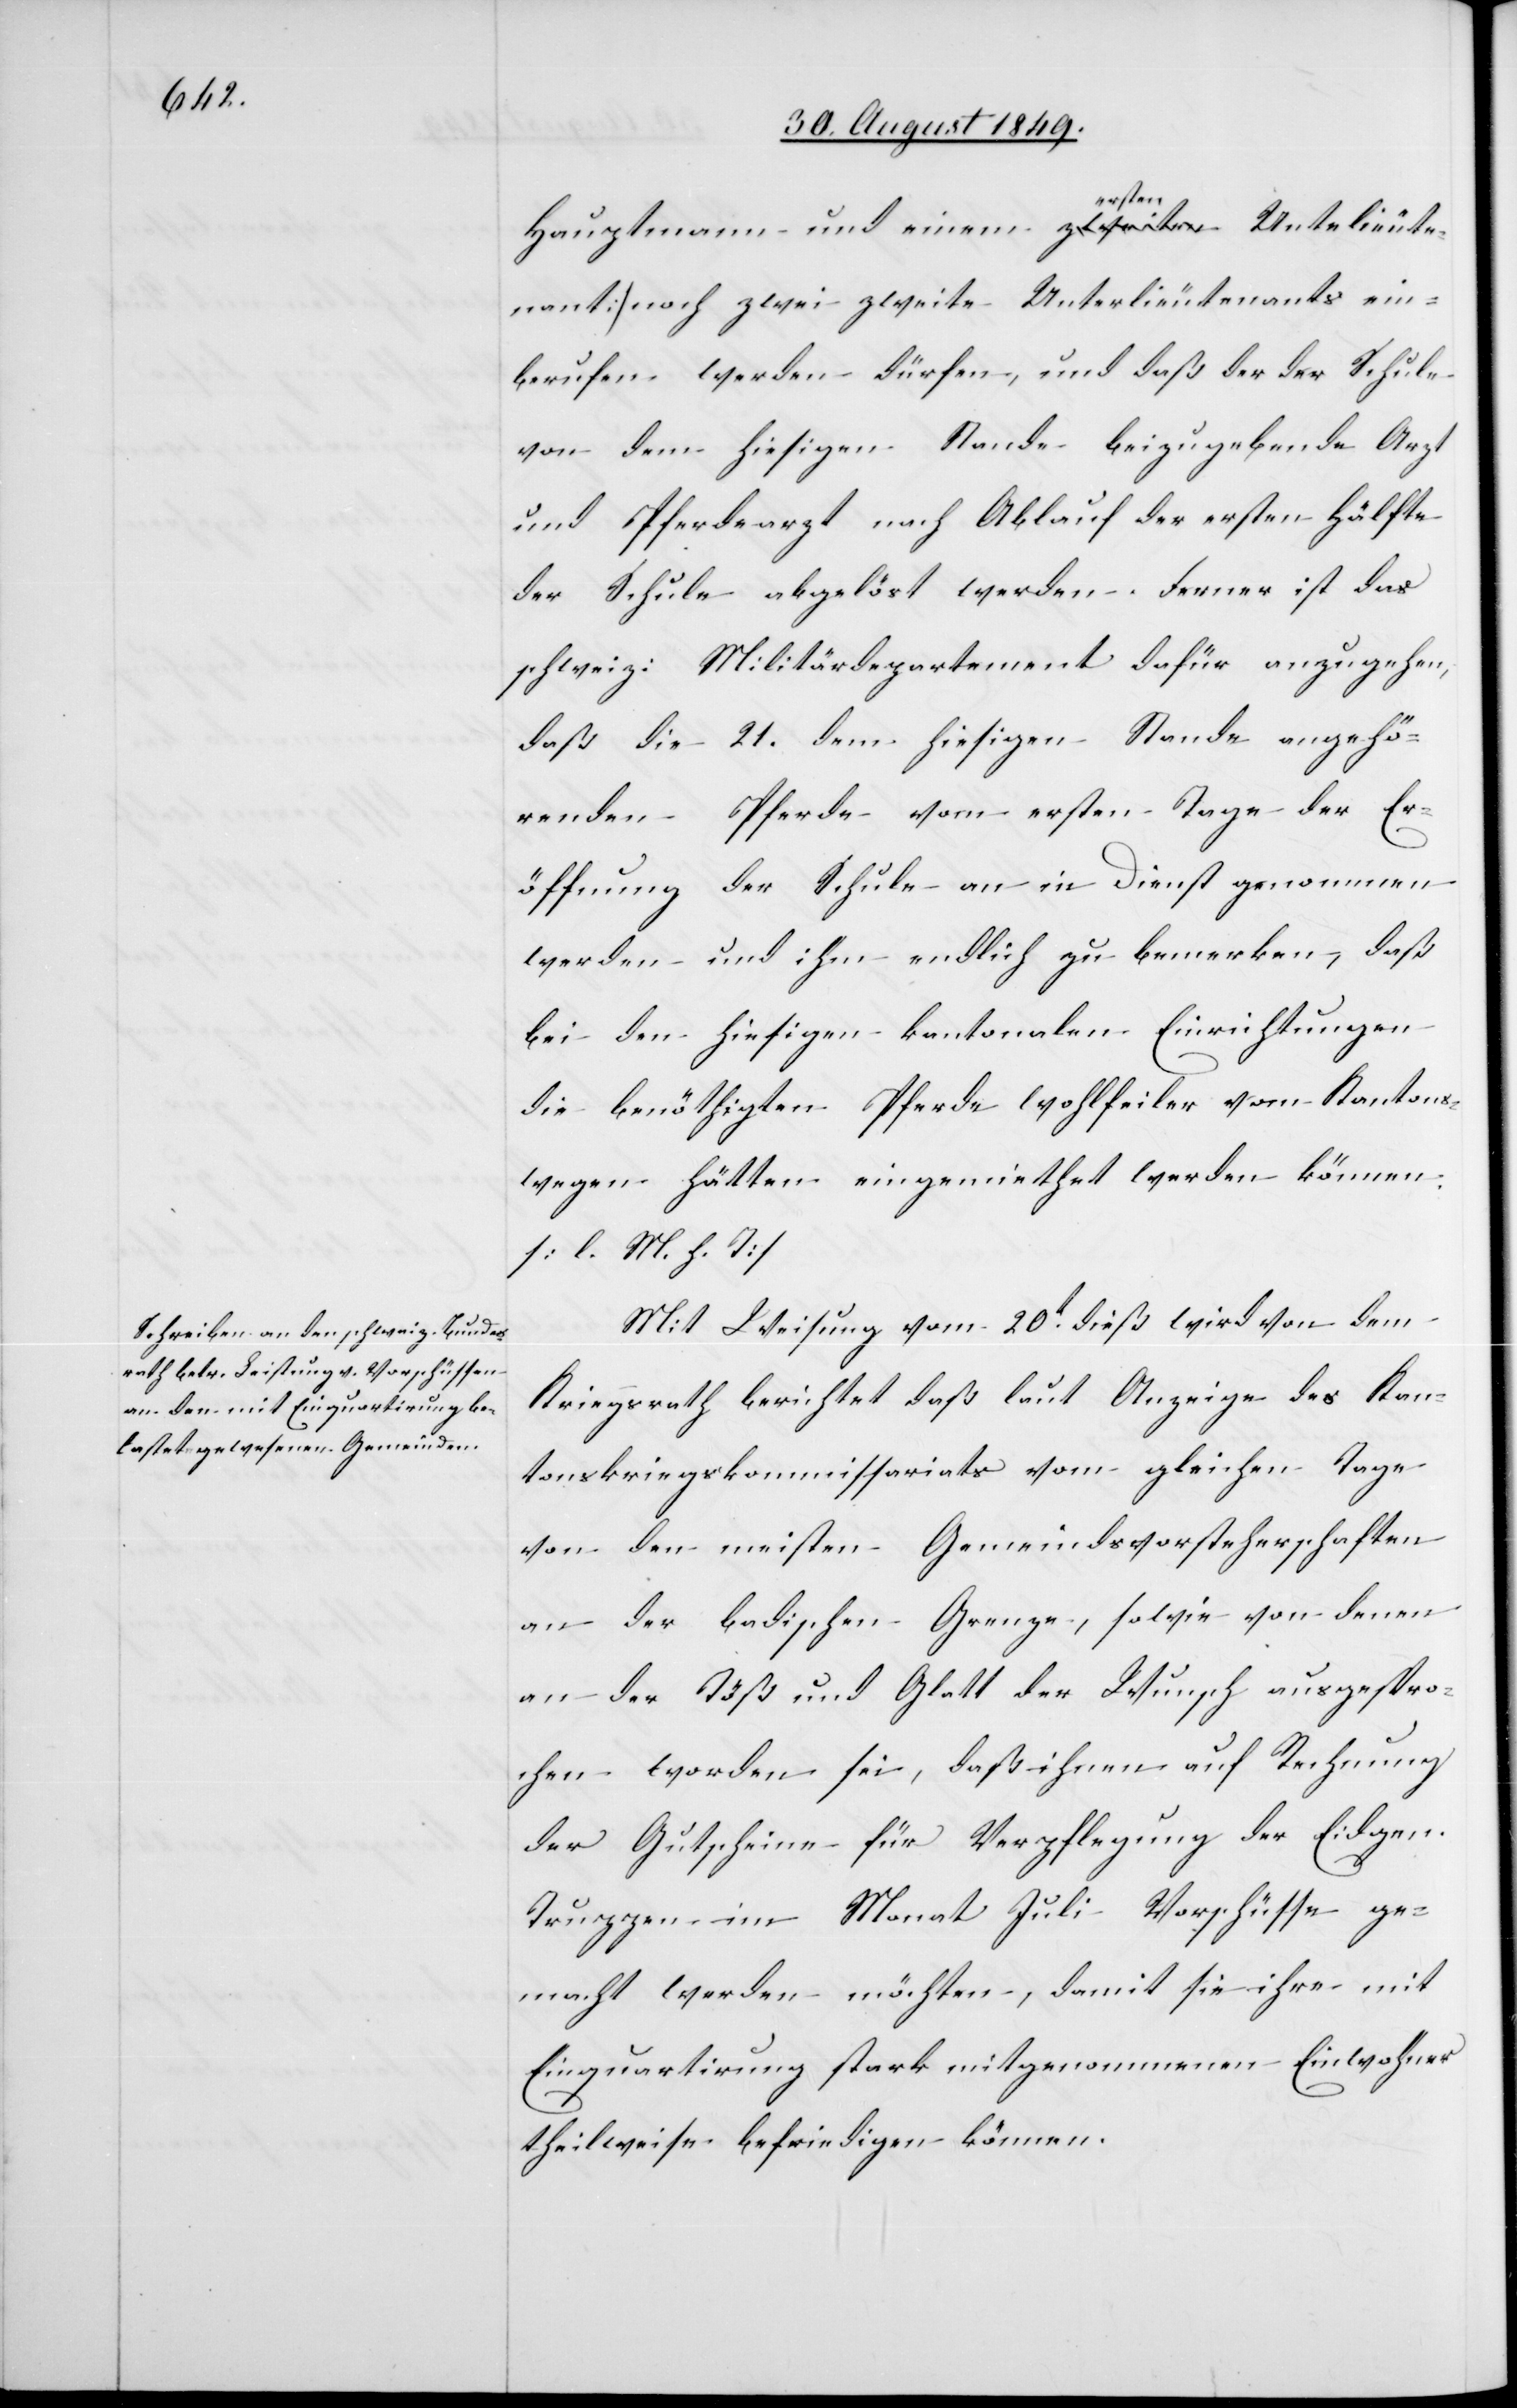
Hauptmann und einem ersten Unte[r]lieute¬
nant] noch zwei zweite Unterlieutenants ein¬
berufen werden dürfen, und daß der der Schule
von dem hiesigen Stande beizugebende Arzt
und Pferdearzt nach Ablauf der ersten Hälfte
der Schule abgelöst werden. Ferner ist das
schweiz: Militärdepartement dafür anzugehen,
daß die 21. dem hiesigen Stande angehö¬
renden Pferde vom ersten Tage der Er¬
öffnung der Schule an in Dienst genommen
werden und ihm endlich zu bemerken, daß
bei den hiesigen kantonalen Einrichtungen
die benöthigten Pferde wohlfeiler vom [sic!] Kantons¬
wegen hätten eingemiethet werden können.
[l. M. h. T]
Mit Weisung vom 20t dieß wird von dem
Kriegsrath berichtet daß laut Anzeige des Kan¬
tonskriegskommissariats vom gleichen Tage
von den meisten Gemeindsvorsteherschaften
an der badischen Grenze, sowie von denen
an der Töß und Glatt der Wunsch ausgespro¬
chen worden sei, daß ihnen auf Rechnung
der Gutscheine für Verpflegung der Eidgen.
Truppen im Monat Juli Vorschüsse ge¬
macht werden möchten, damit sie ihre mit
Einquartirung stark mitgenommenen Einwohner
theilweise befriedigen können.